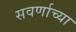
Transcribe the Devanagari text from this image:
सवर्णाच्या